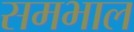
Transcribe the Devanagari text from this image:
समभाल